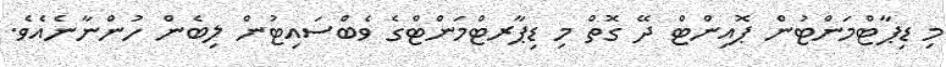
މި ޑިޕާޓްމަންޓުން ޕޮއިންޓް ދޭ ގޮތް މި ޑިޕާރޓްމަންޓްގެ ވެބްސައިޓުން ލިބެން ހުންނާނެއެވެ.